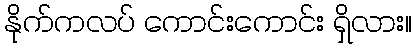
နိုက်ကလပ် ကောင်းကောင်း ရှိလား။